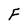
Character: F